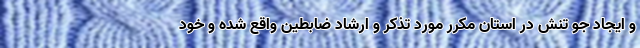
و ایجاد جو تنش در استان مکرر مورد تذکر و ارشاد ضابطین واقع شده و خود